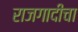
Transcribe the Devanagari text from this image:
राजगादीचा